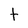
Character: t